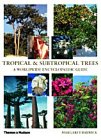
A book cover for Tropical and Subtropical Trees: A Worldwide Encyclopaedic Guide; Margaret Barwick; Crafts, Hobbies & Home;